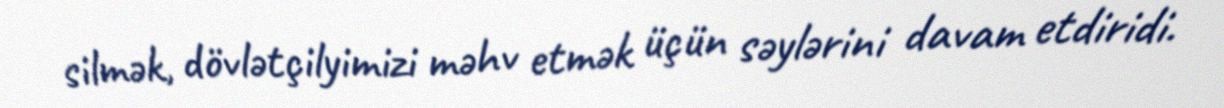
silmək, dövlətçilyimizi məhv etmək üçün səylərini davam etdiridi.